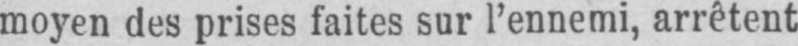
moyen des prises faites sur l’ennemi, arrêtent